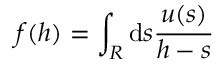
f ( h ) = \int _ { R } \mathrm { d } s \frac { u ( s ) } { h - s }